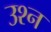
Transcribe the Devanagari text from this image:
उश्न